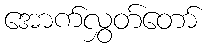
အောက်လွှတ်တော်